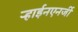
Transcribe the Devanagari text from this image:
ऱ्हाईनएनर्जी